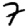
Digit: 7